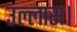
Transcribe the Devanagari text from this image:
उल्लास।